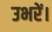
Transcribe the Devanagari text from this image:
उभरें।